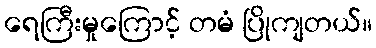
ရေကြီးမှုကြောင့် တမံ ပြိုကျတယ်။